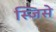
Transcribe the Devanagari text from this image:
स्जिसे